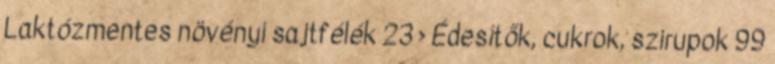
Laktózmentes növényi sajtfélék 23 › Édesítők, cukrok, szirupok 99